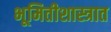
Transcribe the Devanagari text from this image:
भूमितीशास्त्रात